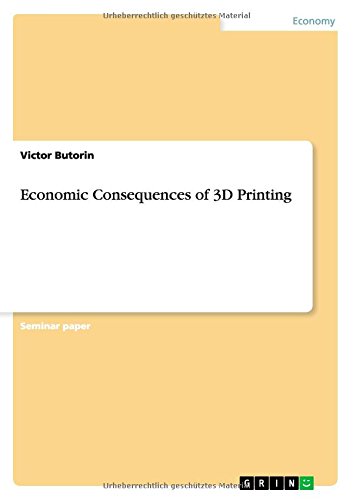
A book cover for Economic Consequences of 3D Printing; Victor Butorin; Computers & Technology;